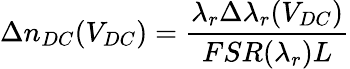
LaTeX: \Delta n_{DC}(V_{DC})=\frac{\lambda_{r}\Delta\lambda_{r}(V_{DC})}{FSR(\lambda_{r})L}